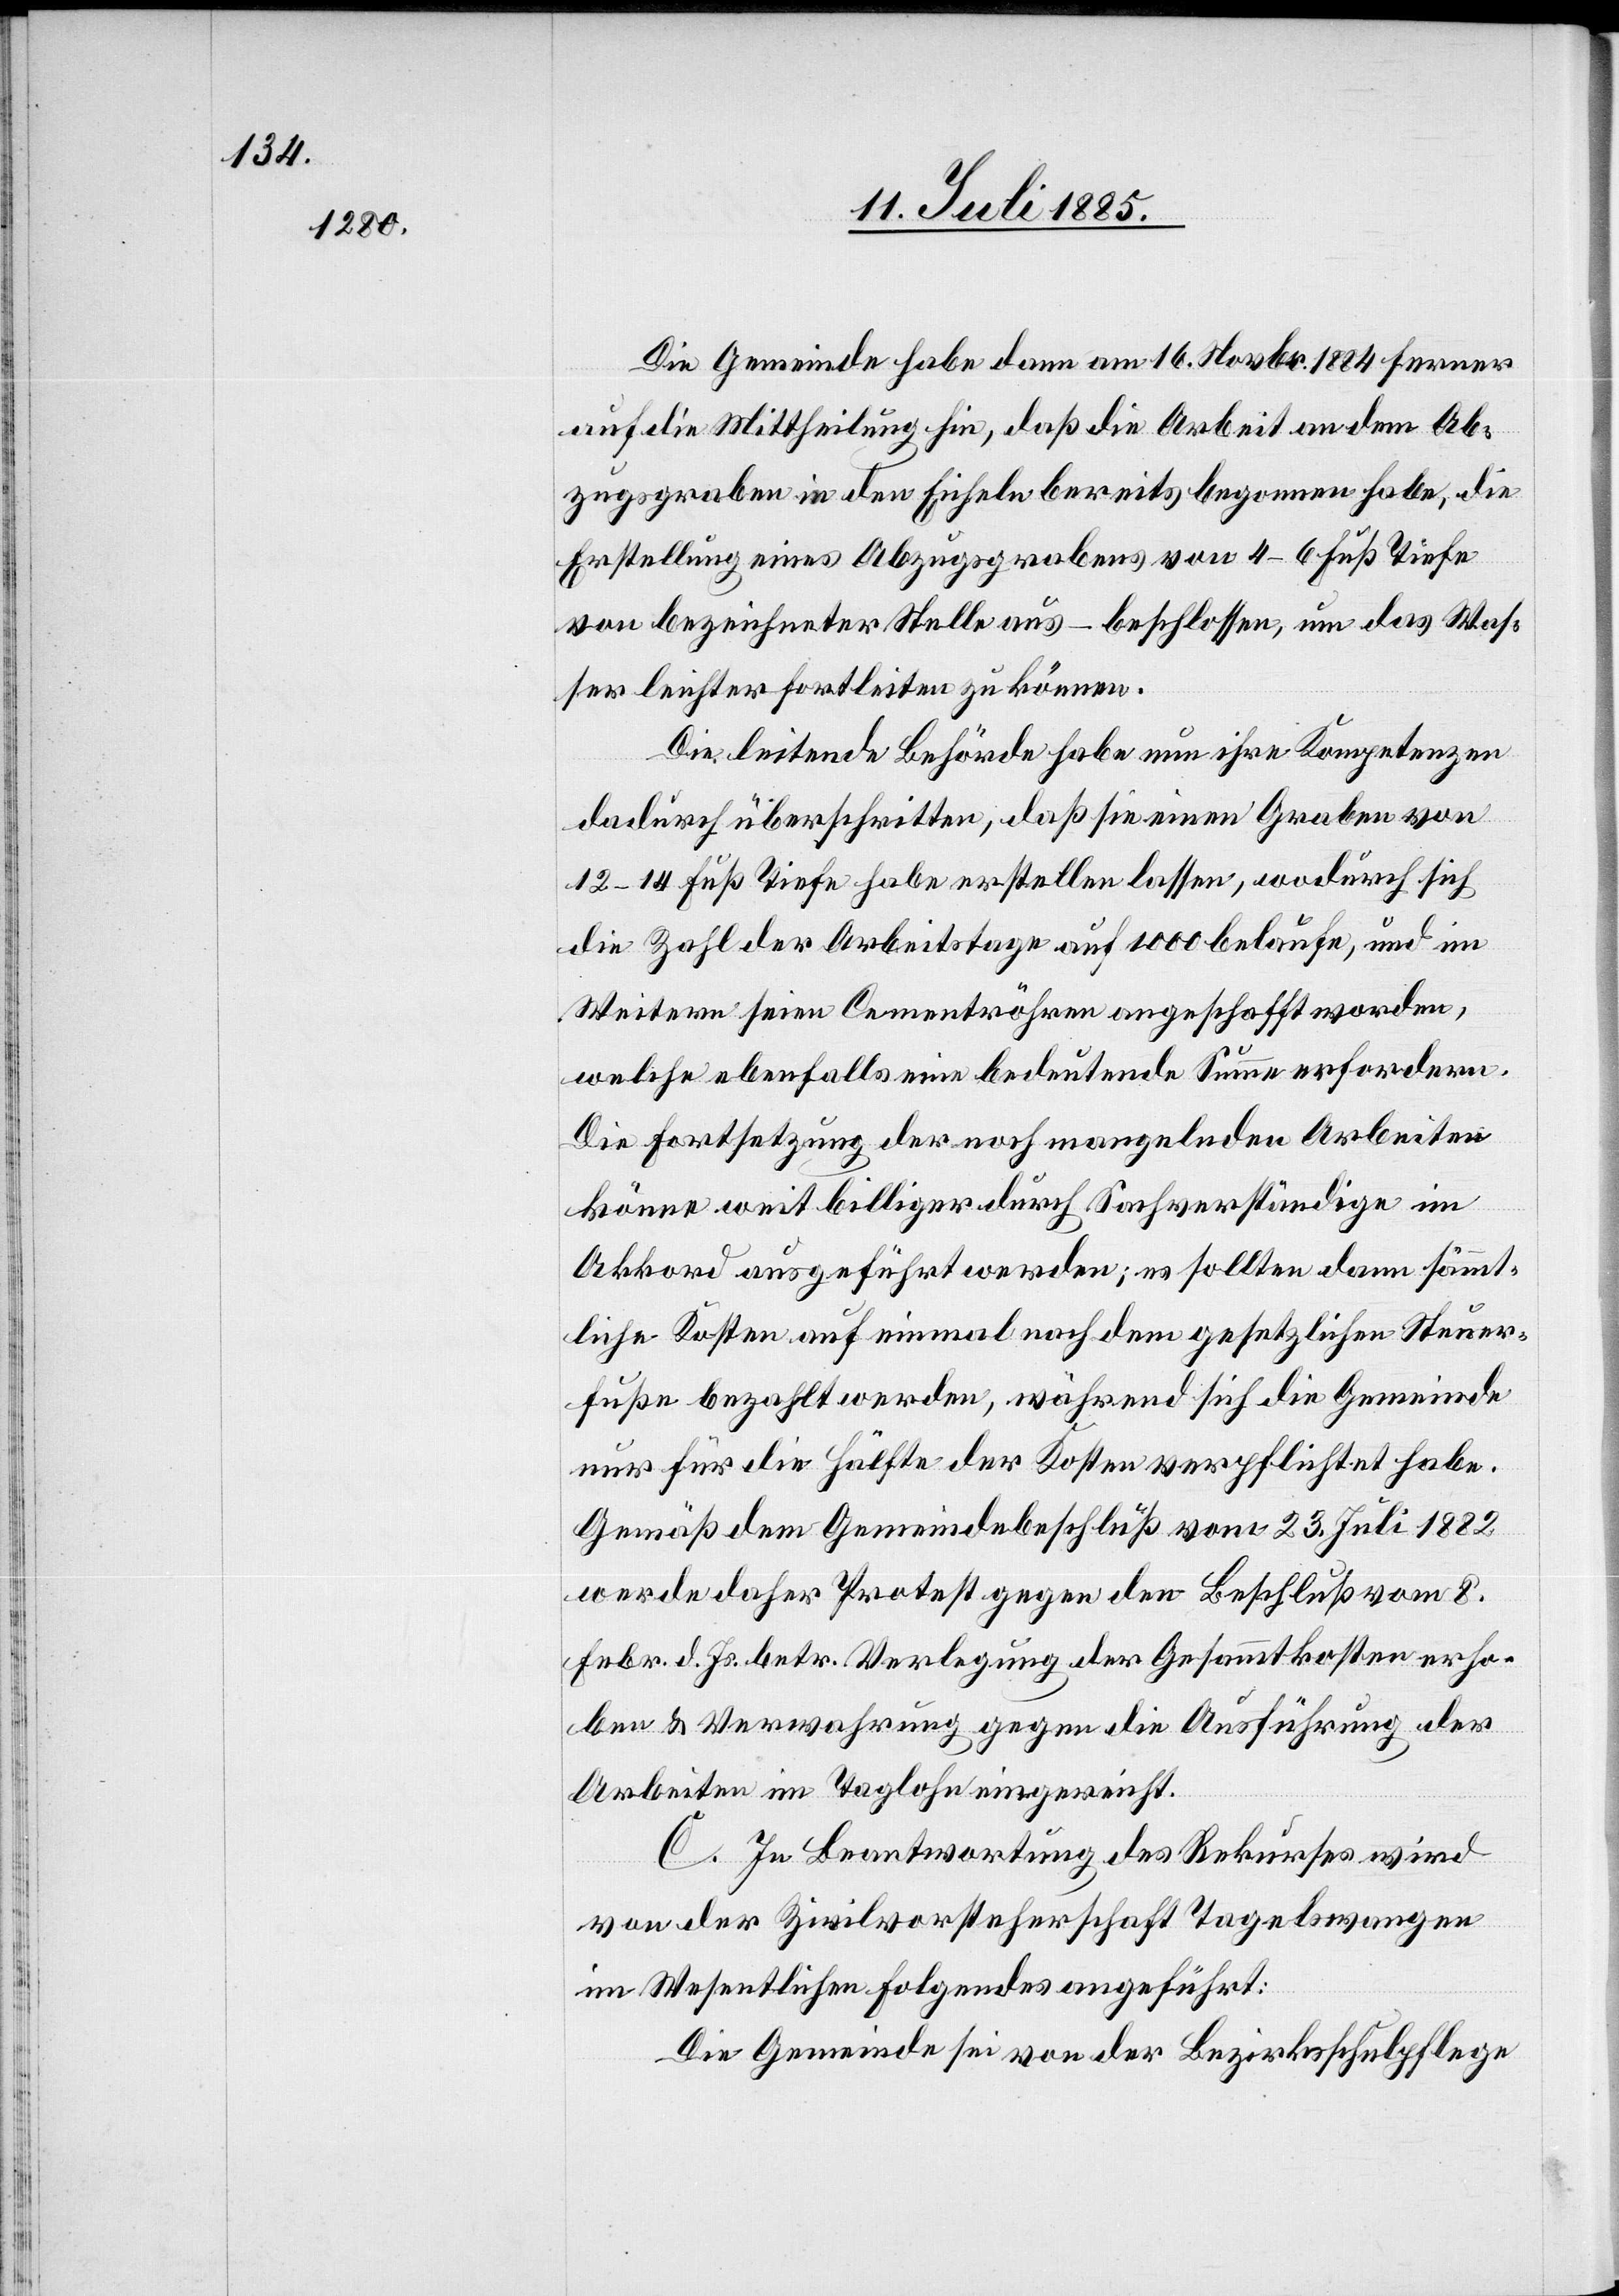
Die Gemeinde habe dann am 16. Novbr. 1884 ferner
auf die Mittheilung hin, daß die Arbeit an dem Ab¬
zugsgraben in den Eicheln bereits begonnen habe, die
Erstellung eines Abzugsgrabens von 4–6 Fuß Tiefe
von bezeichneter Stelle aus beschlossen, um das Was¬
ser leichter fortleiten zu können.
Die leitende Behörde habe nun ihre Kompetenzen
dadurch überschritten, daß sie einen Graben von
12–14 Fuß Tiefe habe erstellen lassen, wodurch sich
die Zahl der Arbeitstage auf 1000 belaufe, und im
Weitern seien Cementröhren angeschafft worden,
welche ebenfalls eine bedeutende Summe erfordern.
Die Fortsetzung der noch mangelnden Arbeiten
könne weit billiger durch Sachverständige im
Akkord ausgeführt werden; es sollten dann sämmt¬
liche Kosten auf einmal nach dem gesetzlichen Steuer¬
fuße bezahlt werden, während sich die Gemeinde
nur für die Hälfte der Kosten verpflichtet habe.
Gemäß dem Gemeindebeschluß vom 23. Juli 1882
werde daher Protest gegen den Beschluß vom 8.
Febr. d. Js. betr. Verlegung der Gesammtkosten erho¬
ben & Verwahrung gegen die Ausführung der
Arbeiten im Taglohn eingereicht.
C. In Beantwortung des Rekurses wird
von der Zivilvorsteherschaft Tagelswangen
im Wesentlichen Folgendes angeführt:
Die Gemeinde sei von der Bezirksschulpflege